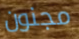
مجنون